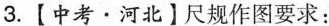
3.【中考·河北】尺规作图要求：